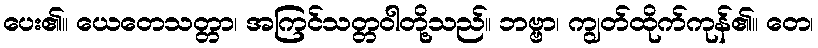
ပေး၏။ ယေတေသတ္တာ၊ အကြင်သတ္တဝါတို့သည်။ ဘဗ္ဗာ၊ ကျွတ်ထိုက်ကုန်၏။ တေ၊